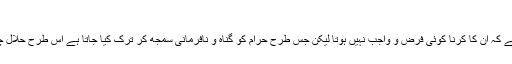
الخ، ص۵۸۵، الحدیث: ۱۸۲(۱۱۵۹))
حلال چیزوں کو ترک کرنا جائز ہوتا ہے کہ ان کا کرنا کوئی فرض و واجب نہیں ہوتا لیکن جس طرح حرام کو گناہ و نافرمانی سمجھ کر ترک کیا جاتا ہے اس طرح حلال چیزوں کو ترک کرنے کی اجازت نہیں۔